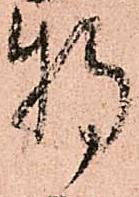
特